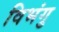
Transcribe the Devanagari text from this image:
विभंगु